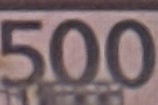
500